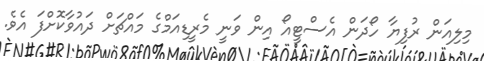
މިލިއަން ރުފިޔާ ހޯދަން އެސްޓީއޯ އިން ވަނީ މެރީޑިއަމްގެ މައްޗަށް ދައުވާކޮށްފަ އެވެ.